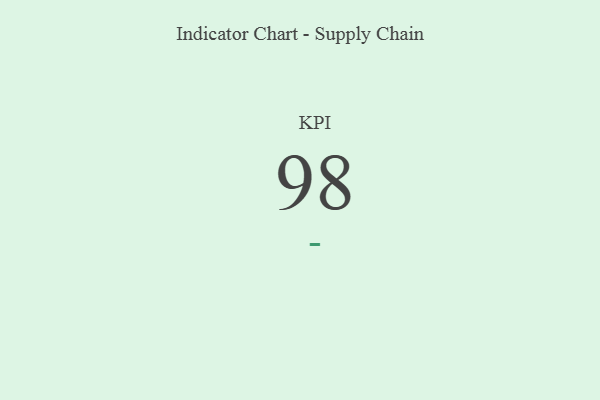
{"axis": {"x": "KPI", "y": "Value"}, "legend": [""], "data": [{"x": "KPI", "y": 98, "type": ""}]}